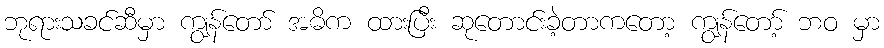
ဘုရားသခင်ဆီမှာ ကျွန်တော် အဓိက ထားပြီး ဆုတောင်းခဲ့တာကတော့ ကျွန်တော့် ဘဝ မှာ